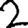
Digit: 2